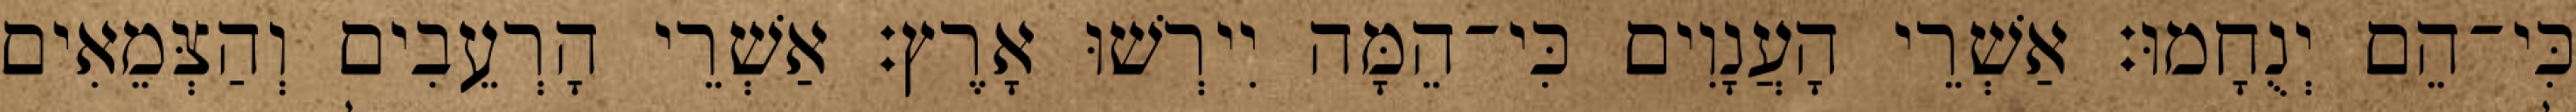
כִּי־הֵם יְנֻחָמוּ׃ אַשְׁרֵי הָעֲנָוִים כִּי־הֵמָּה יִירְשׁוּ אָרֶץ׃ אַשְׁרֵי הָרְעֵבִים וְהַצְּמֵאִים